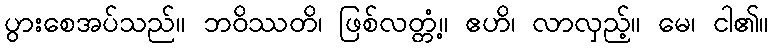
ပွားစေအပ်သည်။ ဘဝိဿတိ၊ ဖြစ်လတ္တံ့။ ဧဟိ၊ လာလှည့်။ မေ၊ ငါ၏။